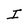
Character: I